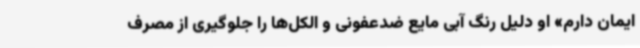
ایمان دارم» او دلیل رنگ آبی مایع ضدعفونی و الکل‌ها را جلوگیری از مصرف